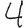
Digit: 4